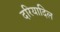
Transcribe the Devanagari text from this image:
दरियादिल